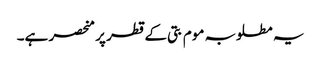
یہ مطلوبہ موم بتی کے قطر پر منحصر ہے۔